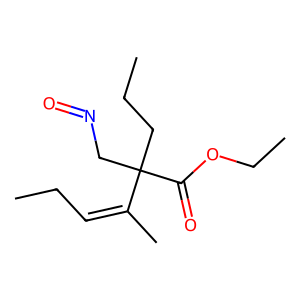
SMILES: CCC=C(C)C(CCC)(CN=O)C(=O)OCC
Inhibits HIV replication: No